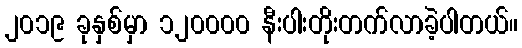
၂၀၁၉ ခုနှစ်မှာ ၁၂၀၀၀၀ နီးပါးတိုးတက်လာခဲ့ပါတယ်။